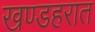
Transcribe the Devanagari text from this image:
खण्डहरात